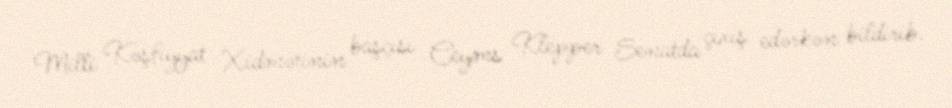
Milli Kəşfiyyat Xidmətinin başçısı Ceyms Klepper Senatda çıxış edərkən bildirib.